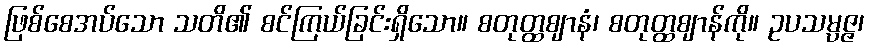
ဖြစ်စေအပ်သော သတိ၏ စင်ကြယ်ခြင်းရှိသော။ စတုတ္ထဈာနံ၊ စတုတ္ထဈာန်ကို။ ဥပသမ္ပဇ္ဇ၊